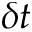
\delta t